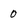
Character: 0